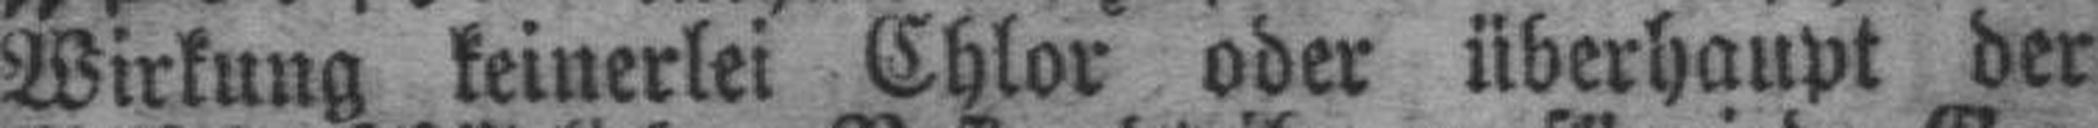
Wirkung keinerlei Chlor oder überhaupt der